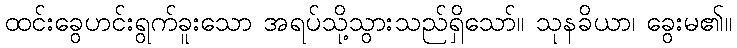
ထင်းခွေဟင်းရွက်ခူးသော အရပ်သို့သွားသည်ရှိသော်။ သုနခိယာ၊ ခွေးမ၏။